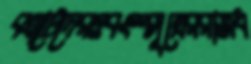
বখাটেদেরওবংশসূত্রেররাজধ